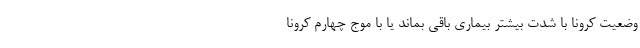
وضعیت کرونا با شدت بیشتر بیماری باقی بماند یا با موج چهارم کرونا